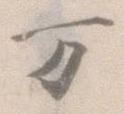
万